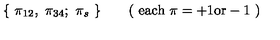
\{ \ \pi _ { 1 2 } , \ \pi _ { 3 4 } ; \ \pi _ { s } \ \} \qquad ( \ \mathrm { e a c h } \ \pi = + 1 \mathrm { o r } - 1 \ )